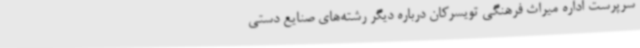
سرپرست اداره میراث فرهنگی تویسرکان درباره دیگر رشته‌های صنایع دستی